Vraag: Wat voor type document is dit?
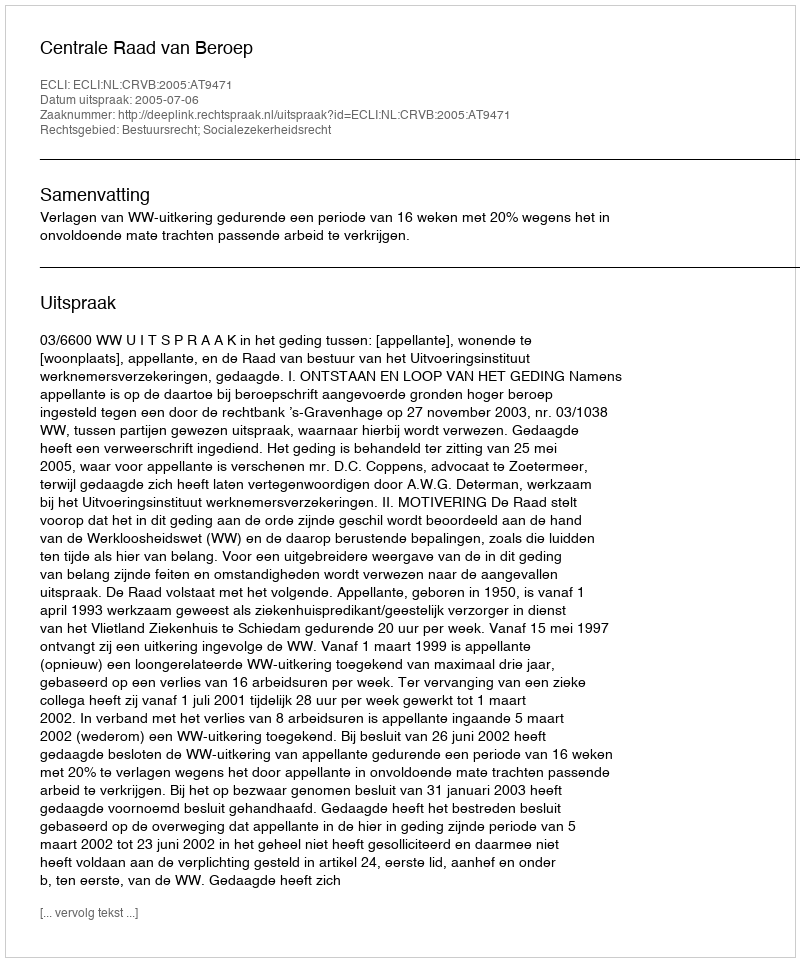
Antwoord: Uitspraak